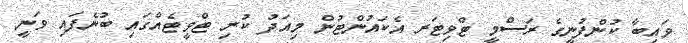
ވައިބާ ކުންފުނީގެ ރަސްމީ ޓްވިޓަރ އެކައުންޓުން މިއަދު ކުރި ޓްވީޓެއްގައި ބުނެފައި ވަނީ